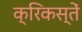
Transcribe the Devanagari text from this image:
क्रिकस्तें